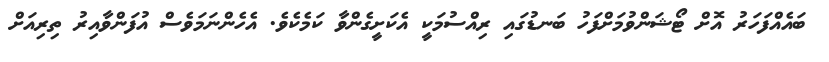
ބައެއްފަހަރު އޮށް ޓޯޝަންވުމަށްފަހު ބަނޑުގައި ރިއްސުމަކީ އެކަށީގެންވާ ކަމެކެވެ. އެހެންނަމަވެސް އުފަންވާއިރު ތިރިއަށް